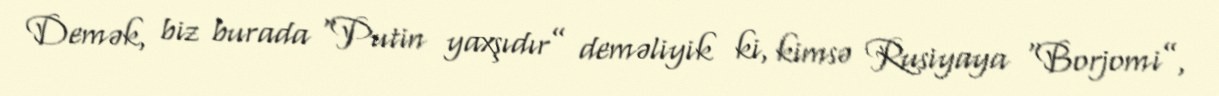
Demək, biz burada “Putin yaxşıdır” deməliyik ki, kimsə Rusiyaya “Borjomi”,